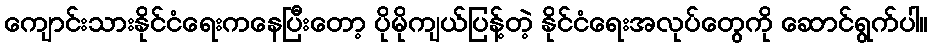
ကျောင်းသားနိုင်ငံရေးကနေပြီးတော့ ပိုမိုကျယ်ပြန့်တဲ့ နိုင်ငံရေးအလုပ်တွေကို ဆောင်ရွက်ပါ။